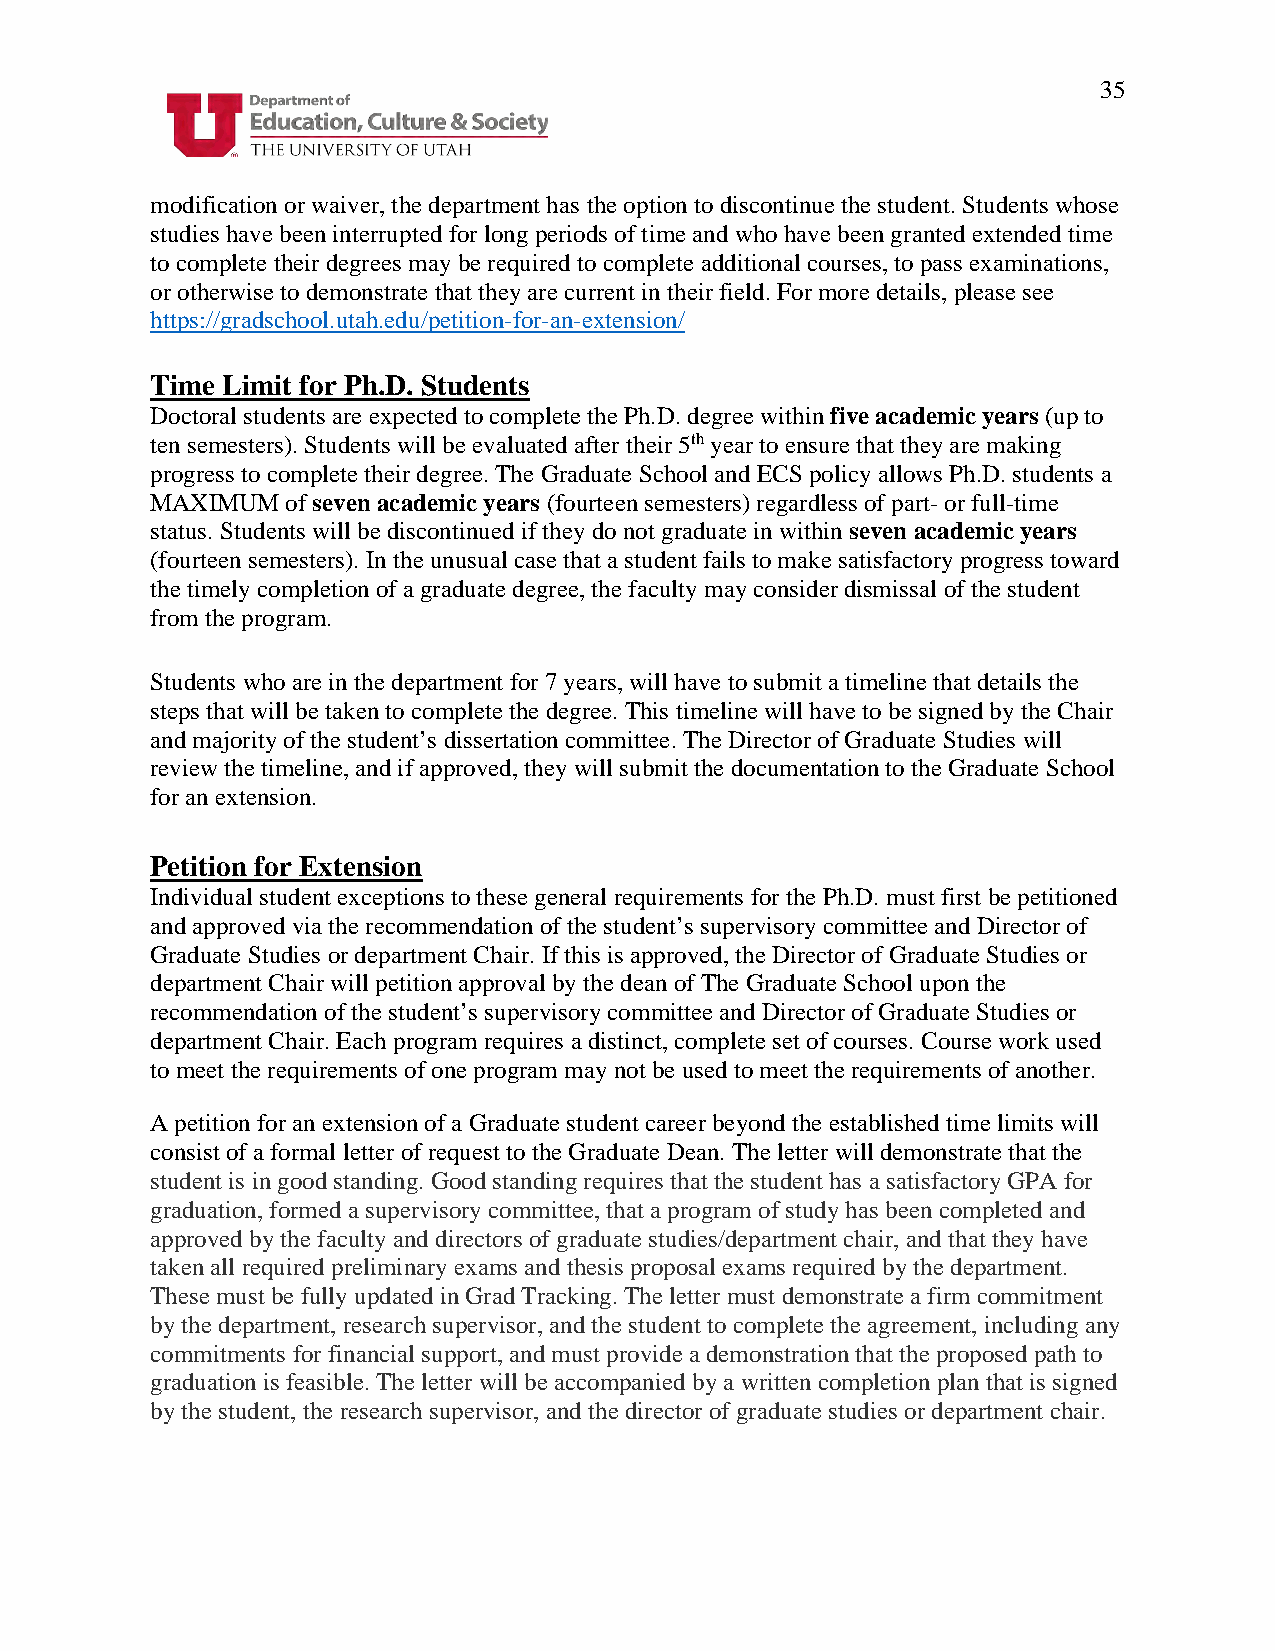
35
 modification or waiver, the department has the option to discontinue the student. Students whose
 studies have been interrupted for long periods of time and who have been granted extended time
 to complete their degrees may be required to complete additional courses, to pass examinations,
 or otherwise to demonstrate that they are current in their field. For more details, please see
 https://gradschool.utah.edu/petition-for-an-extension/
 Time Limit for Ph.D. Students
 Doctoral students are expected to complete the Ph.D. degree within five academic years (up to
 ten semesters). Students will be evaluated after their 5th year to ensure that they are making
 progress to complete their degree. The Graduate School and ECS policy allows Ph.D. students a
 MAXIMUM  of seven academic years (fourteen semesters) regardless of part- or full-time
 status. Students will be discontinued if they do not graduate in within seven academic years
 (fourteen semesters). In the unusual case that a student fails to make satisfactory progress toward
 the timely completion of a graduate degree, the faculty may consider dismissal of the student
 from the program.
 Students who are in the department for 7 years, will have to submit a timeline that details the
 steps that will be taken to complete the degree. This timeline will have to be signed by the Chair
 and majority of the student’s dissertation committee. The Director of Graduate Studies will
 review the timeline, and if approved, they will submit the documentation to the Graduate School
 for an extension.
 Petition for Extension
 Individual student exceptions to these general requirements for the Ph.D. must first be petitioned
 and approved via the recommendation of the student’s supervisory committee and Director of
 Graduate Studies or department Chair. If this is approved, the Director of Graduate Studies or
 department Chair will petition approval by the dean of The Graduate School upon the
 recommendation of the student’s supervisory committee and Director of Graduate Studies or
 department Chair. Each program requires a distinct, complete set of courses. Course work used
 to meet the requirements of one program may not be used to meet the requirements of another.
 A petition for an extension of a Graduate student career beyond the established time limits will
 consist of a formal letter of request to the Graduate Dean. The letter will demonstrate that the
 student is in good standing. Good standing requires that the student has a satisfactory GPA for
 graduation, formed a supervisory committee, that a program of study has been completed and
 approved by the faculty and directors of graduate studies/department chair, and that they have
 taken all required preliminary exams and thesis proposal exams required by the department.
 These must be fully updated in Grad Tracking. The letter must demonstrate a firm commitment
 by the department, research supervisor, and the student to complete the agreement, including any
 commitments for financial support, and must provide a demonstration that the proposed path to
 graduation is feasible. The letter will be accompanied by a written completion plan that is signed
 by the student, the research supervisor, and the director of graduate studies or department chair.